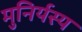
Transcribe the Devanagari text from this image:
मुनिर्यस्य